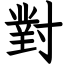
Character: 對